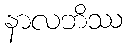
နာလဘိဿ